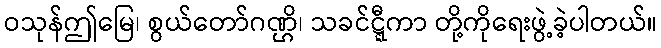
ဝသုန်ဤမြေ၊ စွယ်တော်ဂဏ္ဌိ၊ သခင်ဋ္ဋီကာ တို့ကိုရေးဖွဲ့ခဲ့ပါတယ်။